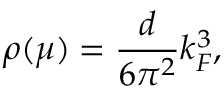
\rho ( \mu ) = \frac { d } { 6 \pi ^ { 2 } } k _ { F } ^ { 3 } ,